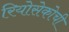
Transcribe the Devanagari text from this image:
रियोसेकोची